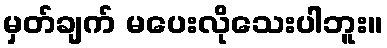
မှတ်ချက် မပေးလိုသေးပါဘူး။